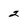
Character: 2